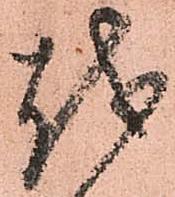
越